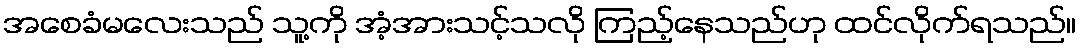
အစေခံမလေးသည် သူ့ကို အံ့အားသင့်သလို ကြည့်နေသည်ဟု ထင်လိုက်ရသည်။